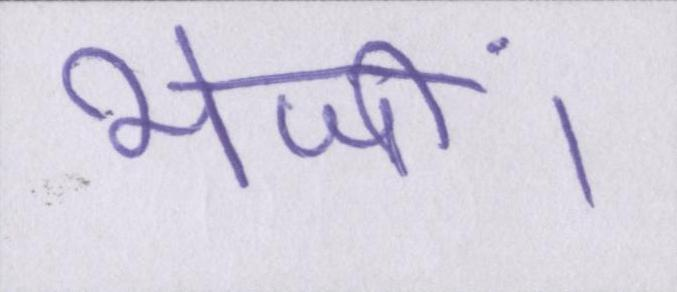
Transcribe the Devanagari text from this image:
भेजीं।